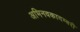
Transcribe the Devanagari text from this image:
अभिनवकादम्बरी